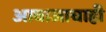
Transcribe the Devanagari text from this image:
आवाजाचाही